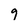
Character: 9